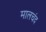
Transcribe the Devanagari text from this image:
मालचंद